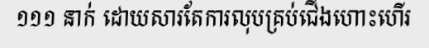
១១១ នាក់ ដោយសារតែការលុបគ្រប់ជើងហោះហើរ